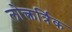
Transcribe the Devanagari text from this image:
लोक्त्नर्त्रिक